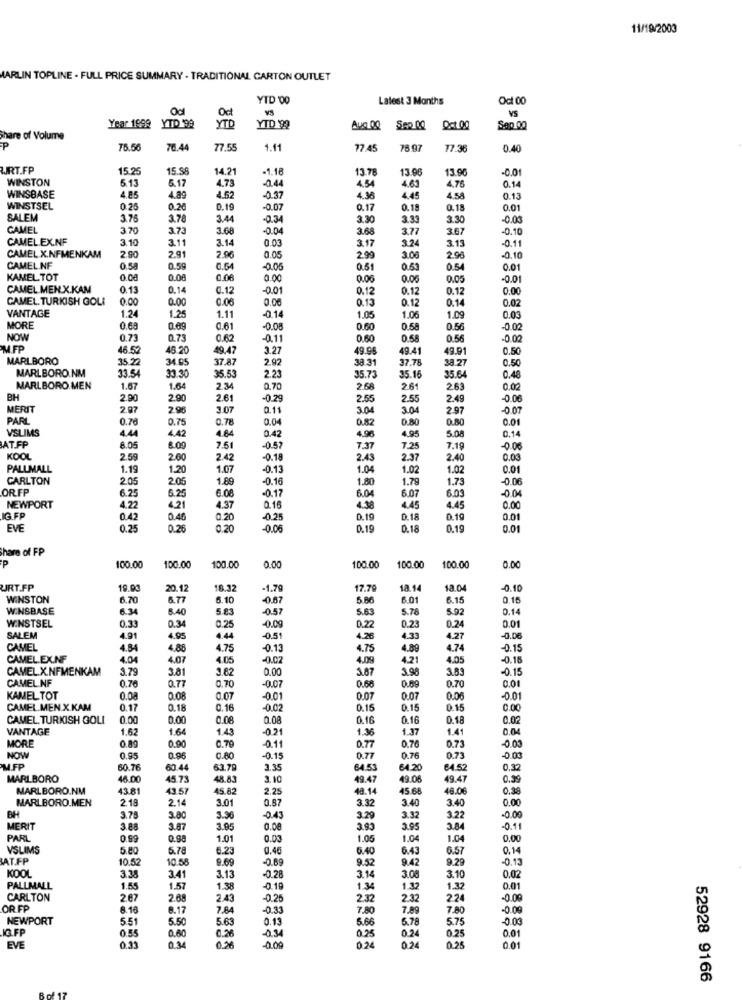
11/19/2003
MARLIN TOPLINE . FULL PRICE SUMMARY - TRADITIONAL CARTON OUTLET
YID '00
Latest 3 Months
Oct 00
VS
YTD
Oct
Year 1999 YTD 99
YTD 99
Sep 00
Oct 00
hare of Volume
76.56
76.44
77.55
1.11
77 45
78 97
17.3
0.40
WIRT.FP
15.25
15.56
14.21
-1.18
13.78
13.96
13.9
-0.01
WINSTON
5.13
5.17
4.73
4.54
4.63
WINSBASE
-0.44
4.76
0.14
4.85
4.89
4.52
-0.37
4.36
4.45
4.58
0.13
WINSTSEL
0.25
0.26
0.19
-0.07
0.17
0.18
0.15
0.01
SALEM
3.76
3.78
3.44
-0.34
3.30
3.33
3.30
-0.00
CAMEL
3.70
3.73
3.68
0.04
3.68
3.77
3.67
-0.10
CAMELEX.NF
3.10
3.11
3.14
0.03
3.17
3.24
3.13
-0.11
2.90
2.91
2.06
0.05
CAMEL X.NFMENKAM
2.99
3.00
2.96
-0.10
CAMEL NF
0.5a
0.59
0.54
-0.05
0.51
0.53
0.54
0.01
KAMEL TOT
0.00
0.00
0.06
0.00
0.06
0.06
0.05
-0.01
CAMEL MEN.X.KAM
0.13
0.14
0.12
-0.01
0.12
0.12
0.12
0.00
CAMEL TURKISH GOLI
0.00
0.00
0.06
0.00
0.13
0.12
0.14
0.02
VANTAGE
1.24
1.25
1.11
-0.14
1.05
1.06
1.09
0.03
MORE
0.68
0.69
0.61
-0.08
0.60
0.58
0.56
-0.02
NOW
0.73
0.73
0.62
-0.11
0.60
0.58
0.56
-0.02
MFP
46.57
46.20
49.47
3.27
49.96
49.41
49.91
0.50
MARLBORO
35.22
34.65
37.87
2.92
38.31
37.78
38.27
0.50
MARLBORO.NM
33.54
33.30
35.53
2.23
35.73
35.15
35.64
0.48
MARLBORO.MEN
1.67
1.64
2.34
0.70
2.68
2.61
2.63
0.02
BH
2.90
2.90
2.61
-0.29
2.55
2.55
2.49
-0.06
MERIT
2.97
2.96
3.07
0.11
3.04
3.04
2.97
-0.07
PARL
0.78
0.75
0.78
0.04
0.82
0.80
0.80
0.01
VSLIMS
4.44
4.84
0.42
0.14
BAT.FP
4.42
4.96
4.95
5.08
8.05
8.00
7.51
-0.57
7.37
7.25
7.19
-0.06
KOOL
2.59
2.60
2.42
-0.18
2.43
2.37
2.40
0.03
PALLMALL
1.19
1.20
1.07
-0.13
1.04
1.02
1.02
0.01
CARLTON
2.05
2.05
1.69
0.16
1.80
1.79
1.73
-0.06
OR FP
6.25
6.25
6.06
-0.17
6.04
-0.04
6.07
6.03
NEWPORT
4.22
4.21
4.37
0.16
4.38
4.45
4.45
0.00
IG FP
0.42
0.46
0.20
-0.25
0.19
D.18
0.19
0.01
EVE
0.25
0.26
0.20
0.05
0.19
0.18
0.19
0.01
Share of FP
100.00
100.00
100.00
0.00
100.00
100.00
100.00
0.00
URT.FP
20.1
18.32
-1.79
17.79
18.14
18.0
0.10
WINSTON
6.70
6.77
6.10
-0.67
5.86
6.01
6.15
0.15
WINSBASE
6.34
6.40
5.83
-0.57
5.63
5.78
5.92
0.14
WINSTSEL
0.33
0.34
0.25
-0.09
0.22
0.2
0.24
0.01
SALEM
4.91
4.95
4.44
-0.51
4.26
4.33
4.27
-0.06
CAMEL
4.34
4.88
4.75
0.13
4.75
4.89
4.74
-0.15
CAMEL.EX.NF
4.04
4.07
4.05
-0.02
4.09
4.21
4.05
-0.16
CAMEL.X.NFMENKAM
3.79
3.81
3.82
0.00
3.87
3.98
3.83
-0.15
CAMEL.NF
0.76
0.77
0.70
-0.07
0.66
0.69
0.70
0.01
KAMEL TOT
0.08
0.08
0.07
-0.01
0.07
0.07
0.06
-0.01
CAMEL.MEN.X.KAM
0.17
0.18
0.16
-0.02
0.15
0.15
0.15
0.00
CAMEL. TURKISH GOLI
0.00
0.00
0.08
0.08
0.16
0.16
0.18
0.02
VANTAGE
1.62
1.64
1.43
0.21
1.36
1.37
1.41
0.04
0.89
0.90
0.79
0.76
0.73
0.01
MORE
-0.11
0.77
NOW
0.95
0.96
0.80
-0.15
0.77
0.76
0.73
-0.00
M.FP
60.76
60.44
63.79
3.35
64.53
64.20
€4.52
0.32
MARLBORO
46.00
45.73
48.83
3.10
49.47
49.06
49.47
0.39
MARLBORO.NM
43.81
43.57
45.82
2.25
48.14
45.68
48.06
0.38
MARLBORO.MEN
2.18
2.14
3.01
0.87
3.32
3.40
3.40
0.00
BH
3.75
3.80
3.96
-0.43
3.29
3.32
3.22
-0.00
MERIT
3.88
3.87
3.95
0.08
3.93
3.95
3.84
-0.11
PARL
0.69
0.98
1.01
0.03
1.05
1.04
1.04
0.00
VSLIMS
5.80
5.78
6.23
0.46
6.40
6.43
6.57
0.14
AT.FP
10.52
10.58
9.69
-0.69
9.52
9.42
9.29
-0.13
KOOL
3.38
3.41
3.13
0.28
3.14
3.08
3.10
0.02
PALLMALL
1.55
1.57
1.38
0.19
1.34
1.32
1.32
0.01
CARLTON
267
2.68
2.43
0.25
2.32
2.32
224
0.00
OR FP
8.16
8.17
7.84
-0.33
7.80
7.89
7.80
-0.09
NEWPORT
5.51
5.50
5.63
0.13
5.66
5.78
5.75
-0.00
IG.FP
0.55
0.60
0.26
-03
0.25
0.24
0.25
0.01
0.00
024
EVE
0.33
0.34
024
0.25
0.01
52928 9166